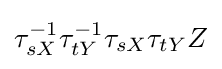
\tau _{sX}^{-1}\tau _{tY}^{-1}\tau _{sX}\tau _{tY}Z